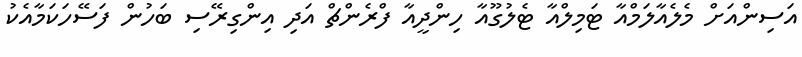
އަސިންއަށް މެލެއާލަމްއާ ޓަމިލްއާ ޓެލުގޫއާ ހިންދީއާ ފްރެންޗް އަދި އިންގިރޭސި ބަހުން ފަސޭހަކަމާއެކު